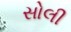
સોલી